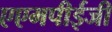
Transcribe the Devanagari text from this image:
एएमपीईजी